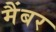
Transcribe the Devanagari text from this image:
मैंबर